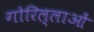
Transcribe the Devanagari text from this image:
गोरिल्लाओं